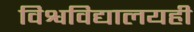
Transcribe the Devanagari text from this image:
विश्वविद्यालयही